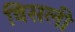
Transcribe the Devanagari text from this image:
विसली